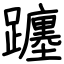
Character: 躔